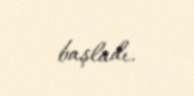
başladı.